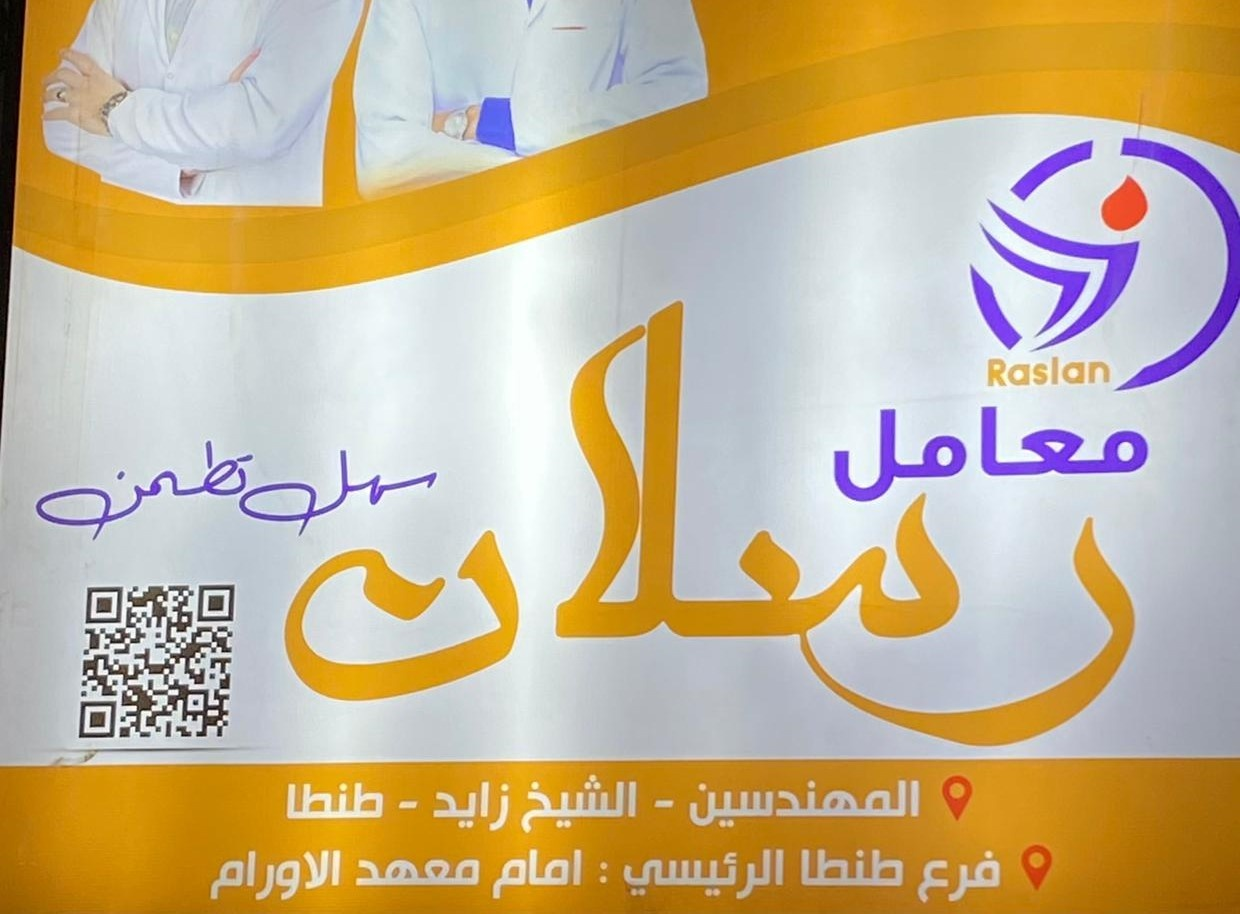
Text in image: معامل تطمن سهل رسلان المهندسين طنطا زايد الشيخ طنطا امام معهد الاورام فرع الرئيسي Raslan